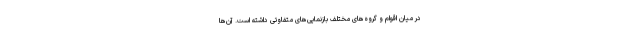
در میان اقوام و گروه‌های مختلف بازنمایی‌های متفاوتی داشته است. آن‌ها